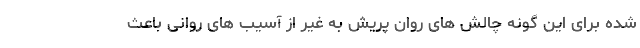
شده برای این گونه چالش های روان پریش به غیر از آسیب های روانی باعث